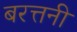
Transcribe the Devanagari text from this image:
बरत्तनी